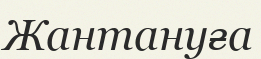
Жантануға